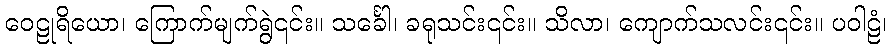
ဝေဠုရိယော၊ ကြောက်မျက်ရွဲ၎င်း။ သင်္ခေါ၊ ခရုသင်း၎င်း။ သိလာ၊ ကျောက်သလင်း၎င်း။ ပဝါဠံ၊